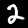
Label: 2